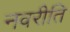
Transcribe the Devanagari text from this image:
नवरीति